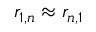
r _ { 1 , n } \approx r _ { n , 1 }